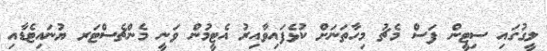
ލީގުގައި ސިޓީން ފަސް މެޗު މިހާތަނަށް ކުޅެފައިވާއިރު އެޓީމުން ވަނީ މެންޗެސްޓަރ ޔުނައިޓެޑާއި